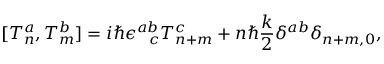
~ [ T _ { n } ^ { a } , T _ { m } ^ { b } ] = i \hbar \epsilon _ { \ \ c } ^ { a b } T _ { n + m } ^ { c } + n \hbar \frac { k } { 2 } \delta ^ { a b } \delta _ { n + m , 0 } ,